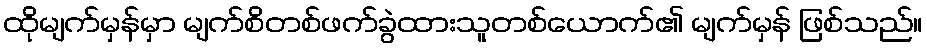
ထိုမျက်မှန်မှာ မျက်စိတစ်ဖက်ခွဲထားသူတစ်ယောက်၏ မျက်မှန် ဖြစ်သည်။